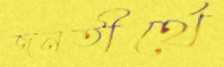
জনতীর্থে